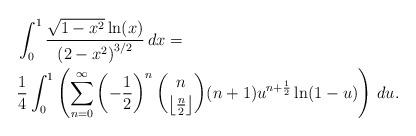
LaTeX: \begin{align*} & \int_0^1 \frac{\sqrt{1-x^2} \ln (x)}{\left(2-x^2\right)^{3/2}} \, dx = \\ & \frac{1}{4} \int_0^1 \left(\sum _{n = 0}^{\infty} \left(-\frac{1}{2}\right)^n \binom{n}{\left\lfloor \frac{n}{2}\right\rfloor } (n+1) u^{n+\frac{1}{2}} \ln (1-u)\right) \, du. \end{align*}